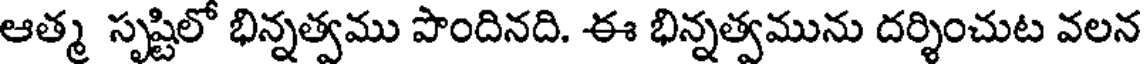
ఆత్మ సృష్టిలో భిన్నత్వము పొందినది. ఈ భిన్నత్వమును దర్శించుట వలన